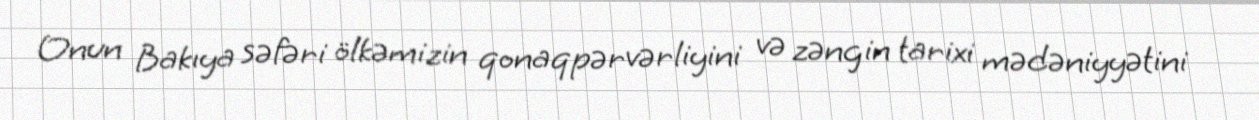
Onun Bakıya səfəri ölkəmizin qonaqpərvərliyini və zəngin tarixi mədəniyyətini